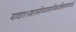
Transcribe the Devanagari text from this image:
गावात१खाजगीव्यावसायिकप्रशिक्षणशाळाआहे